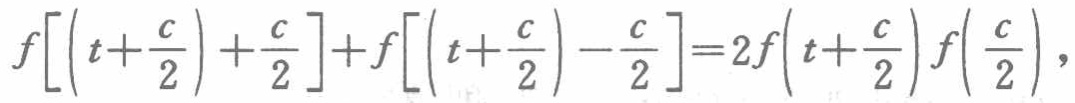
$f\left[\left(t+\frac{c}{2}\right)+\frac{c}{2}\right]+f\left[\left(t+\frac{c}{2}\right)-\frac{c}{2}\right]=2f\left(t+\frac{c}{2}\right)f\left(\frac{c}{2}\right),$